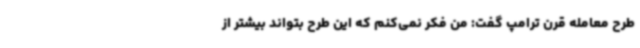
طرح معامله قرن ترامپ گفت: من فکر نمی‌کنم که این طرح بتواند بیشتر از